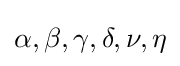
\alpha ,\beta ,\gamma ,\delta ,\nu ,\eta